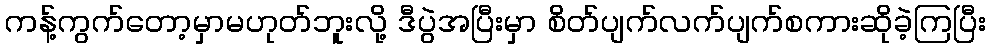
ကန့်ကွက်တော့မှာမဟုတ်ဘူးလို့ ဒီပွဲအပြီးမှာ စိတ်ပျက်လက်ပျက်စကားဆိုခဲ့ကြပြီး